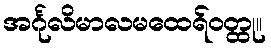
အင်္ဂုလိမာလမထေရ်ဝတ္ထု။